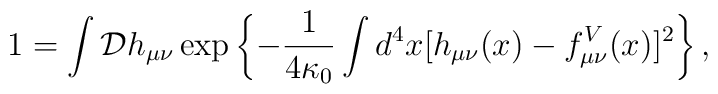
1 = \int \mathcal{D}h_{\mu\nu} \exp \left\{ -{1 \over 4\kappa_0} \int d^4x [h_{\mu\nu}(x)-f^V_{\mu\nu}(x)]^2 \right\} ,